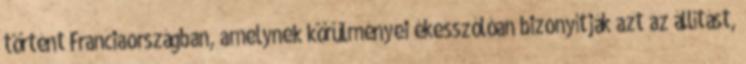
történt Franciaországban, amelynek körülményei ékesszólóan bizonyítják azt az állítást,